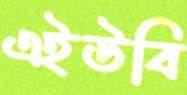
এইউবি